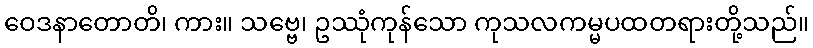
ဝေဒနာတောတိ၊ ကား။ သဗ္ဗေ၊ ဥဿုံကုန်သော ကုသလကမ္မပထတရားတို့သည်။